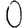
Digit: 0